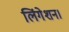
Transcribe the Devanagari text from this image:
लिंगेशन।